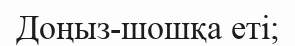
Доңыз-шошқа еті;